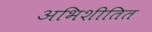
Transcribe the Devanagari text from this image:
अभिशीतित